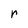
Character: r